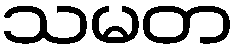
သမတ